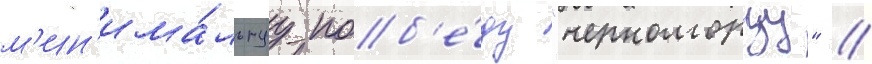
м'ин'има́льнуу поб'е́ду "черноморцу" //